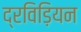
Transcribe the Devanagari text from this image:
द्रविड़ियन